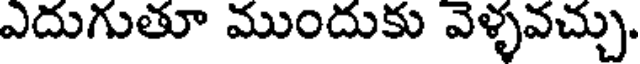
ఎదుగుతూ ముందుకు వెళ్ళవచ్చు.